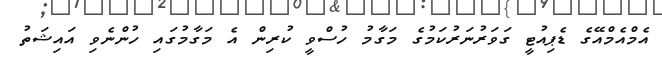
އެމްއެމްއޭގެ ޑެޕިއުޓީ ގަވަރުނަރުކަމުގެ މަގާމު ހުސްވީ ކުރިން އެ މަގާމުގައި ހުންނެވި އައިޝަތު